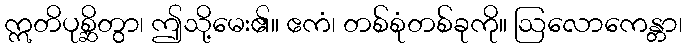
ဣတိပုစ္ဆိတွာ၊ ဤသို့မေး၏။ ဧကံ၊ တစ်စုံတစ်ခုကို။ ဩလောကေန္တာ၊